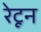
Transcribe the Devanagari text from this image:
रेटून